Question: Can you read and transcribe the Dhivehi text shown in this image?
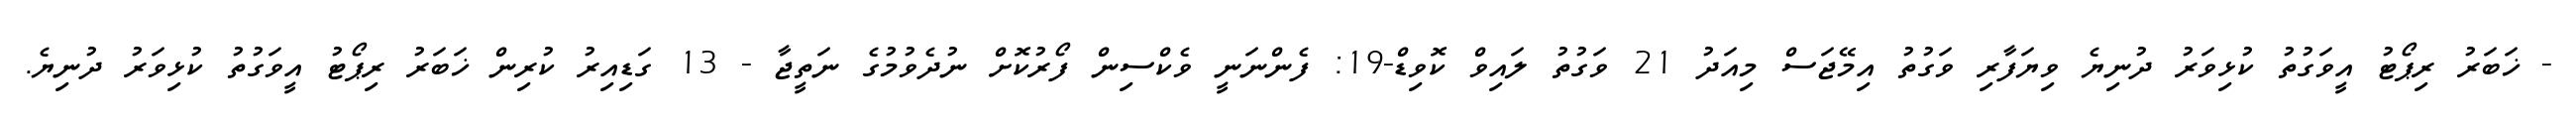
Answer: - ޚަބަރު ރިޕޯޓު އީވަގުތު ކުޅިވަރު ދުނިޔެ ވިޔަފާރި ވަގުތު އިމޭޖަސް މިއަދު 21 ވަގުތު ލައިވް ކޮވިޑް-19: ފެންނަނީ ވެކްސިން ފޯރުކޮށް ނުދެވުމުގެ ނަތީޖާ - 13 ގަޑިއިރު ކުރިން ޚަބަރު ރިޕޯޓު އީވަގުތު ކުޅިވަރު ދުނިޔެ.